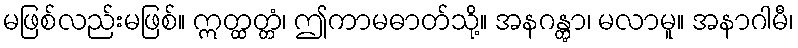
မဖြစ်လည်းမဖြစ်။ ဣတ္ထတ္တံ၊ ဤကာမဓာတ်သို့။ အနဂန္တွာ၊ မလာမူ။ အနာဂါမီ၊